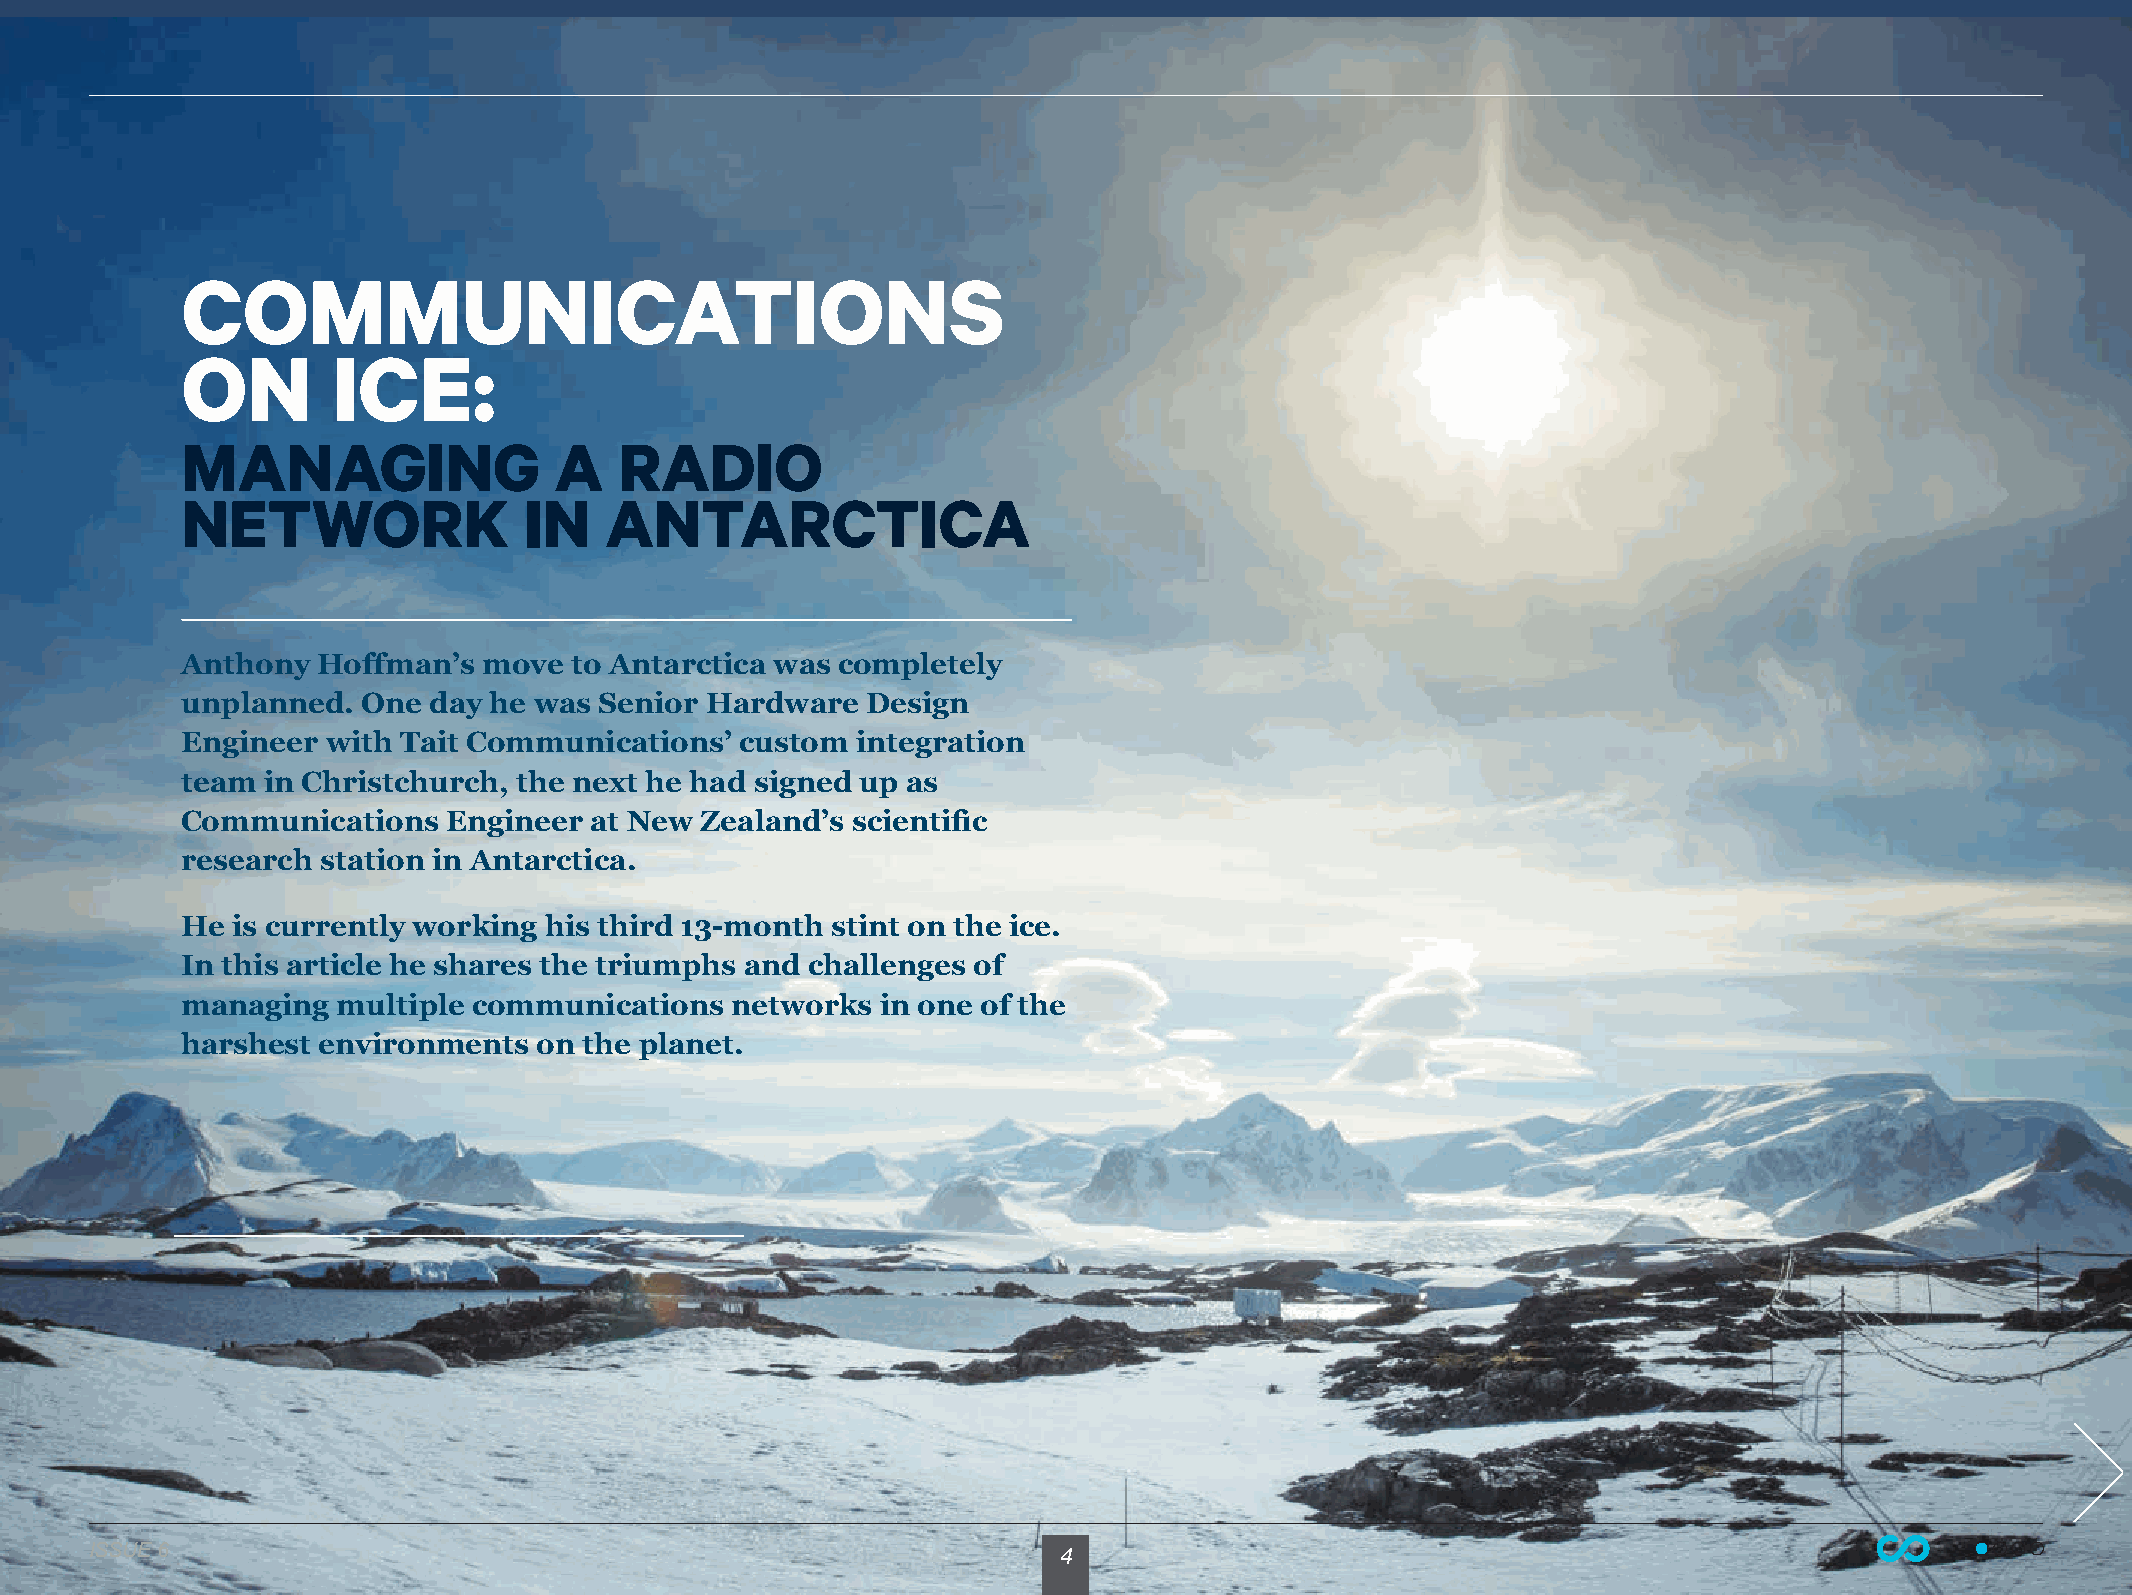
COMMUNICATIONS
 ON        ICE:
 MANAGING                 A   RADIO
 NETWORK                IN   ANTARCTICA
 Anthony  Hoffman’s  move  to Antarctica was completely
 unplanned.  One day he was  Senior Hardware  Design
 Engineer  with Tait Communications’  custom  integration
 team in Christchurch, the next he had signed up as
 Communications    Engineer at New Zealand’s scientific
 research station in Antarctica.
 He is currently working his third 13-month stint on the ice.
 In this article he shares the triumphs and challenges of
 managing  multiple communications   networks  in one of the
 harshest environments   on the planet.
 IISSSSUUEE 66                                                   4